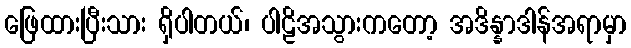
ဖြေထားပြီးသား ရှိပါတယ်၊ ပါဠိအသွားကတော့ အဒိန္နာဒါန်အရာမှာ